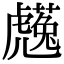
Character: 𧈋